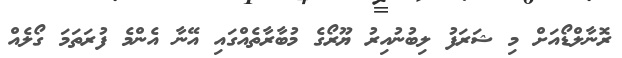
ރޮނާލްޑޯއަށް މި ޝަރަފު ލިބުނުއިރު ޔޫރޯގެ މުބާރާތެއްގައި އޭނާ އެންމެ ފުރަތަމަ ގޯލެއް